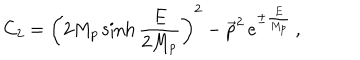
C _ { 2 } = \left( 2 M _ { p } \sinh \frac { E } { 2 M _ { p } } \right) ^ { 2 } - \overrightarrow { p } ^ { 2 } \, e ^ { \pm \frac { E } { M _ { p } } } \, ,